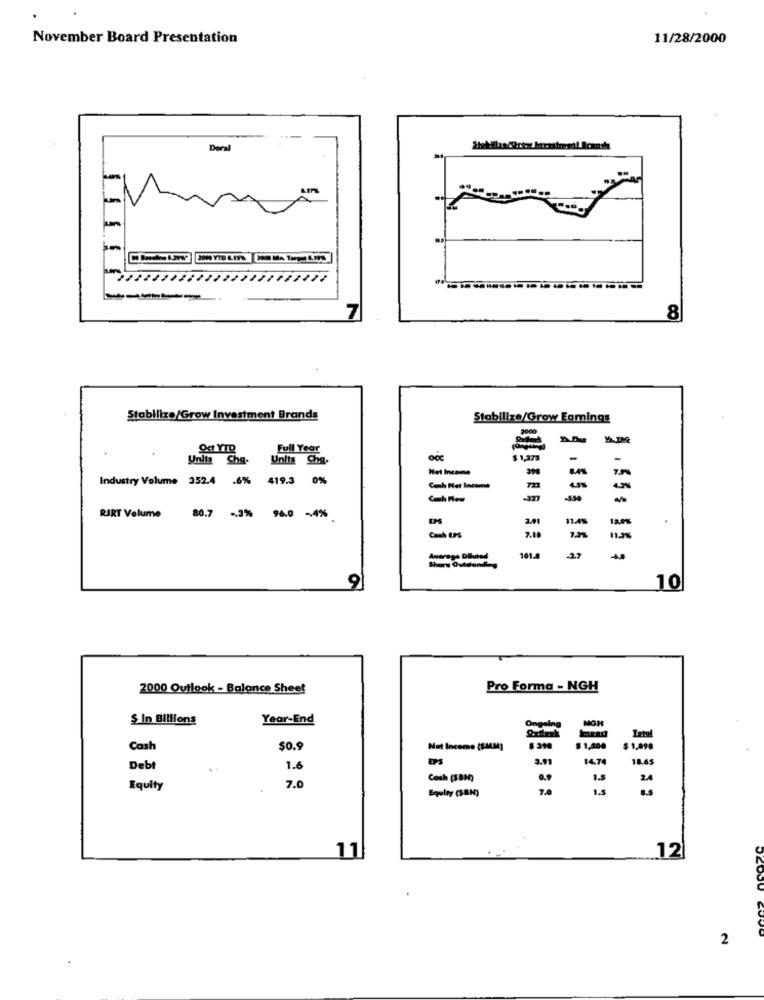
November Board Presentation
11/28/2000
Deral
7
8
Stabilizo/Grow Investment Brands
Stabilize/Grow Eamings
OG YIR
Full Year
Unita Cha-
Units Cha.
$1,273
-
-
Het Incaune
Industry Volume 352.4 .6% 419.3 0%
7.9
Cash Net Income
m
RIRT Volume
80.7 .3% 96.0 -4%
3.91
.
Cach EPS
7.00
11.2%
Average Diluned
101.
9
10
2000 Outlook - Balance Sheet
Pro Forma - NGH
$ In Billions
Year-End
NOH
Ongoing
Letel
Cash
$0.9
Net Income (8MM)
$ 1,500
$ 1,090
3.91
14.7
18.45
Debt
1.6
7.0
Cosh (381)
9.9
1.5
Equity
1.5
Equity (SBN)
11
12
2